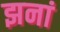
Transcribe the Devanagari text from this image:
झनां